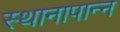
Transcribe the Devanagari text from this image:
स्थानापान्न